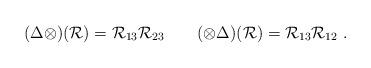
LaTeX: \begin{align*}(\Delta\otimes)(\mathcal{R})=\mathcal{R}_{13}\mathcal{R}_{23}\ \ \ \ \ \ (\otimes\Delta)(\mathcal{R})=\mathcal{R}_{13}\mathcal{R}_{12}\ .\end{align*}